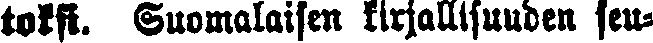
toksi. Suomalaisen kirjallisuuden seu-